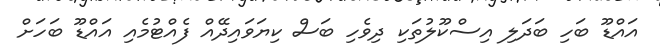
އައްޑޫ ބަހި ބަދަލި އިސްކޫލުތަކި ދިވެހި ބަސް ކިޔަވައިދޭއް ފެއްޓުމެއި އައްޑޫ ބަހަށް